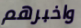
واخبرهم